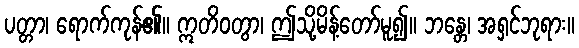
ပတ္တာ၊ ရောက်ကုန်၏။ ဣတိဝတွာ၊ ဤသို့မိန့်တော်မူ၍။ ဘန္တေ၊ အရှင်ဘုရား။